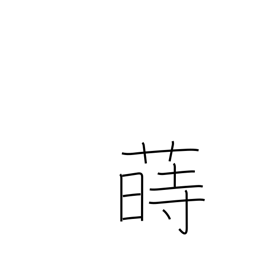
Meaning: sow (seeds)